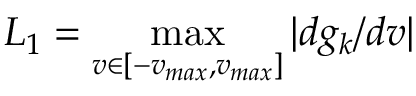
L _ { 1 } = \operatorname* { m a x } _ { v \in [ - v _ { m a x } , v _ { m a x } ] } | d g _ { k } / d v |